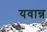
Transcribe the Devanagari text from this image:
यवान्न